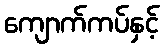
ကျောက်ကပ်နှင့်